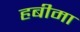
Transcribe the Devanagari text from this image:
हबीमा